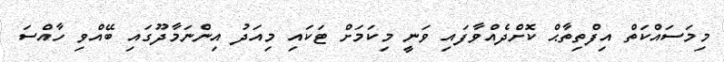
މިމަސައްކަތް އިފްތިތާޙް ކޮށްދެއްވާފައި ވަނީ މިކަމަށް ޓަކައި މިއަދު އިންނަމާދޫގައި ބޭއްވި ހާއްސަ